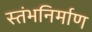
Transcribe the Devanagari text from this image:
स्तंभनिर्माण